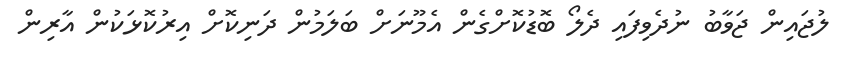
ލުޖައިން ޖަވާބު ނުދެވިފައި ދެލޯ ބޮޑުކޮށްގެން އެމޫނަށް ބަލަމުން ދަނިކޮށް އިރުކޮޅަކުން އާރިން